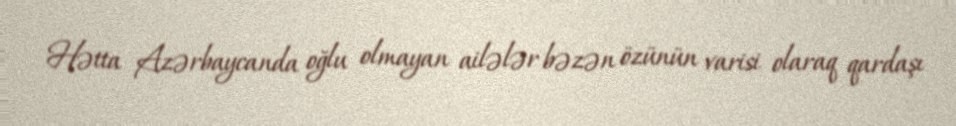
Hətta Azərbaycanda oğlu olmayan ailələr bəzən özünün varisi olaraq qardaşı